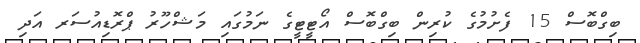
ބިގްބޮސް 15 ފެށުމުގެ ކުރިން ބިގްބޮސް އޯޓީޓީގެ ނަމުގައި މަޝްހޫރު ޕްރޮޑިއުސަރ އަދި